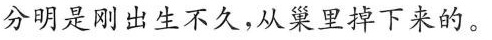
分明是刚出生不久，从巢里掉下来的。